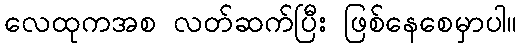
လေထုကအစ လတ်ဆက်ပြီး ဖြစ်နေစေမှာပါ။